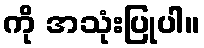
ကို အသုံးပြုပါ။